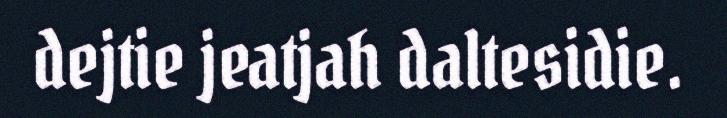
dejtie jeatjah daltesidie.